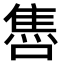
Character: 𨿞